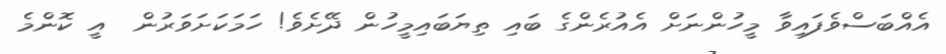
އެއްބަސްވެފައިވާ މީހުންނަށް އެއުރެންގެ ބައި ތިޔަބައިމީހުން ދޭށެވެ! ހަމަކަށަވަރުން  އީ ކޮންމެ